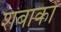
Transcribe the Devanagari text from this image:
शबाकों